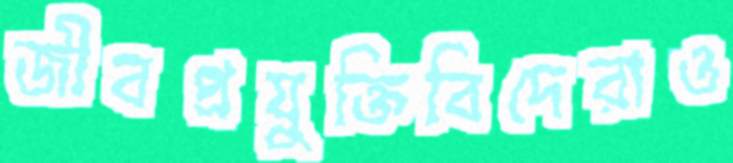
জীবপ্রযুক্তিবিদেরাও